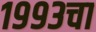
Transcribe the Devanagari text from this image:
१९९३चा